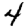
Digit: 4